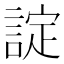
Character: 諚